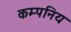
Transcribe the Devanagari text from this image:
कम्पनिय